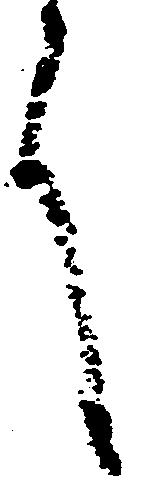
言